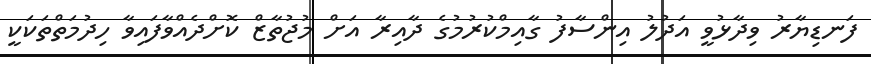
ފަނޑިޔާރު ވިދާޅުވީ އަދުލު އިންސާފު ގާއިމްކުރުމުގެ ދާއިރާ އަށް މުޖުތާޒް ކޮށްދެއްވާފައިވާ ހިދުމަތްތަކަކީ